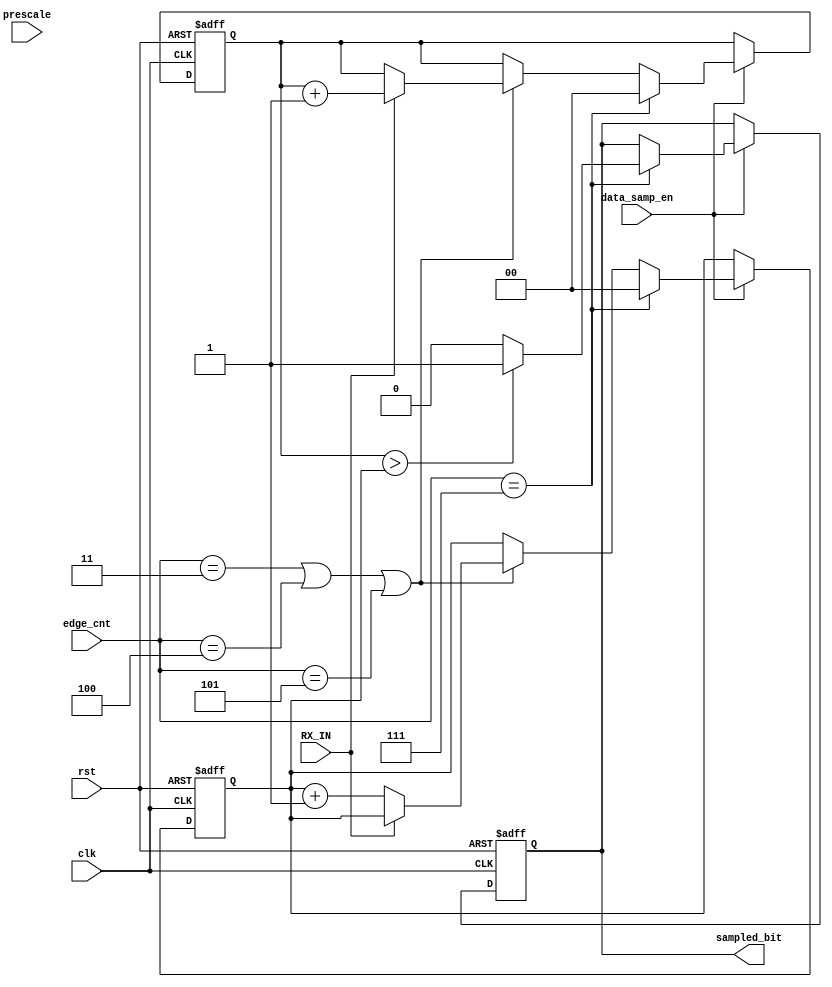
module data_sampling (
    input wire [2:0] prescale,
    input wire clk,
    input wire rst,
    input wire RX_IN,
    input wire data_samp_en,
    input wire [2:0] edge_cnt,
    output reg sampled_bit
);

reg [1:0] ones = 2'b0 ;
reg [1:0] zeros = 2'b0 ;

always @(posedge clk or negedge rst) begin
    if(!rst)
    begin
        sampled_bit <= 1'b1;
        ones <= 2'b0;
         zeros <=  2'b0;
    end
else if (data_samp_en)
begin
    if (edge_cnt == 3'b011 || edge_cnt == 3'b100 || edge_cnt == 3'b101 )
    begin
        if (RX_IN == 1'b1)
        begin
            ones <= ones + 2'b1;
        end
        else 
        begin
           zeros <= zeros + 2'b1;  
        end
    end

    if (edge_cnt == 3'b111)
    begin
        sampled_bit <= (ones > zeros) ? 1'b1 : 1'b0;
         ones <= 2'b0;
         zeros <=  2'b0;
    end
end



end

    
endmodule